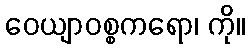
ဝေယျာဝစ္စကရော၊ ကို။